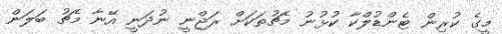
މީގެ ކުރިން ޓެންޑުލްކާ ކުޅުނު މެޗުތަކަށް ރަޖްނީ ނުދަނީ އޭނާ މެޗު ބަލަން